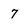
Character: 7